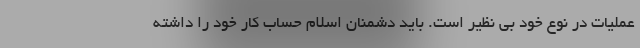
عملیات در نوع خود بی نظیر است. باید دشمنان اسلام حساب کار خود را داشته